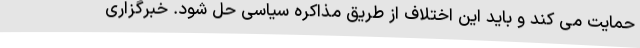
حمایت می کند و باید این اختلاف از طریق مذاکره سیاسی حل شود. خبرگزاری